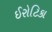
ઈરોટિકા